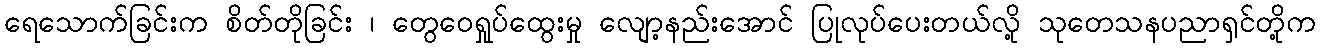
ရေသောက်ခြင်းက စိတ်တိုခြင်း ၊ တွေဝေရှုပ်ထွေးမှု လျော့နည်းအောင် ပြုလုပ်ပေးတယ်လို့ သုတေသနပညာရှင်တို့က